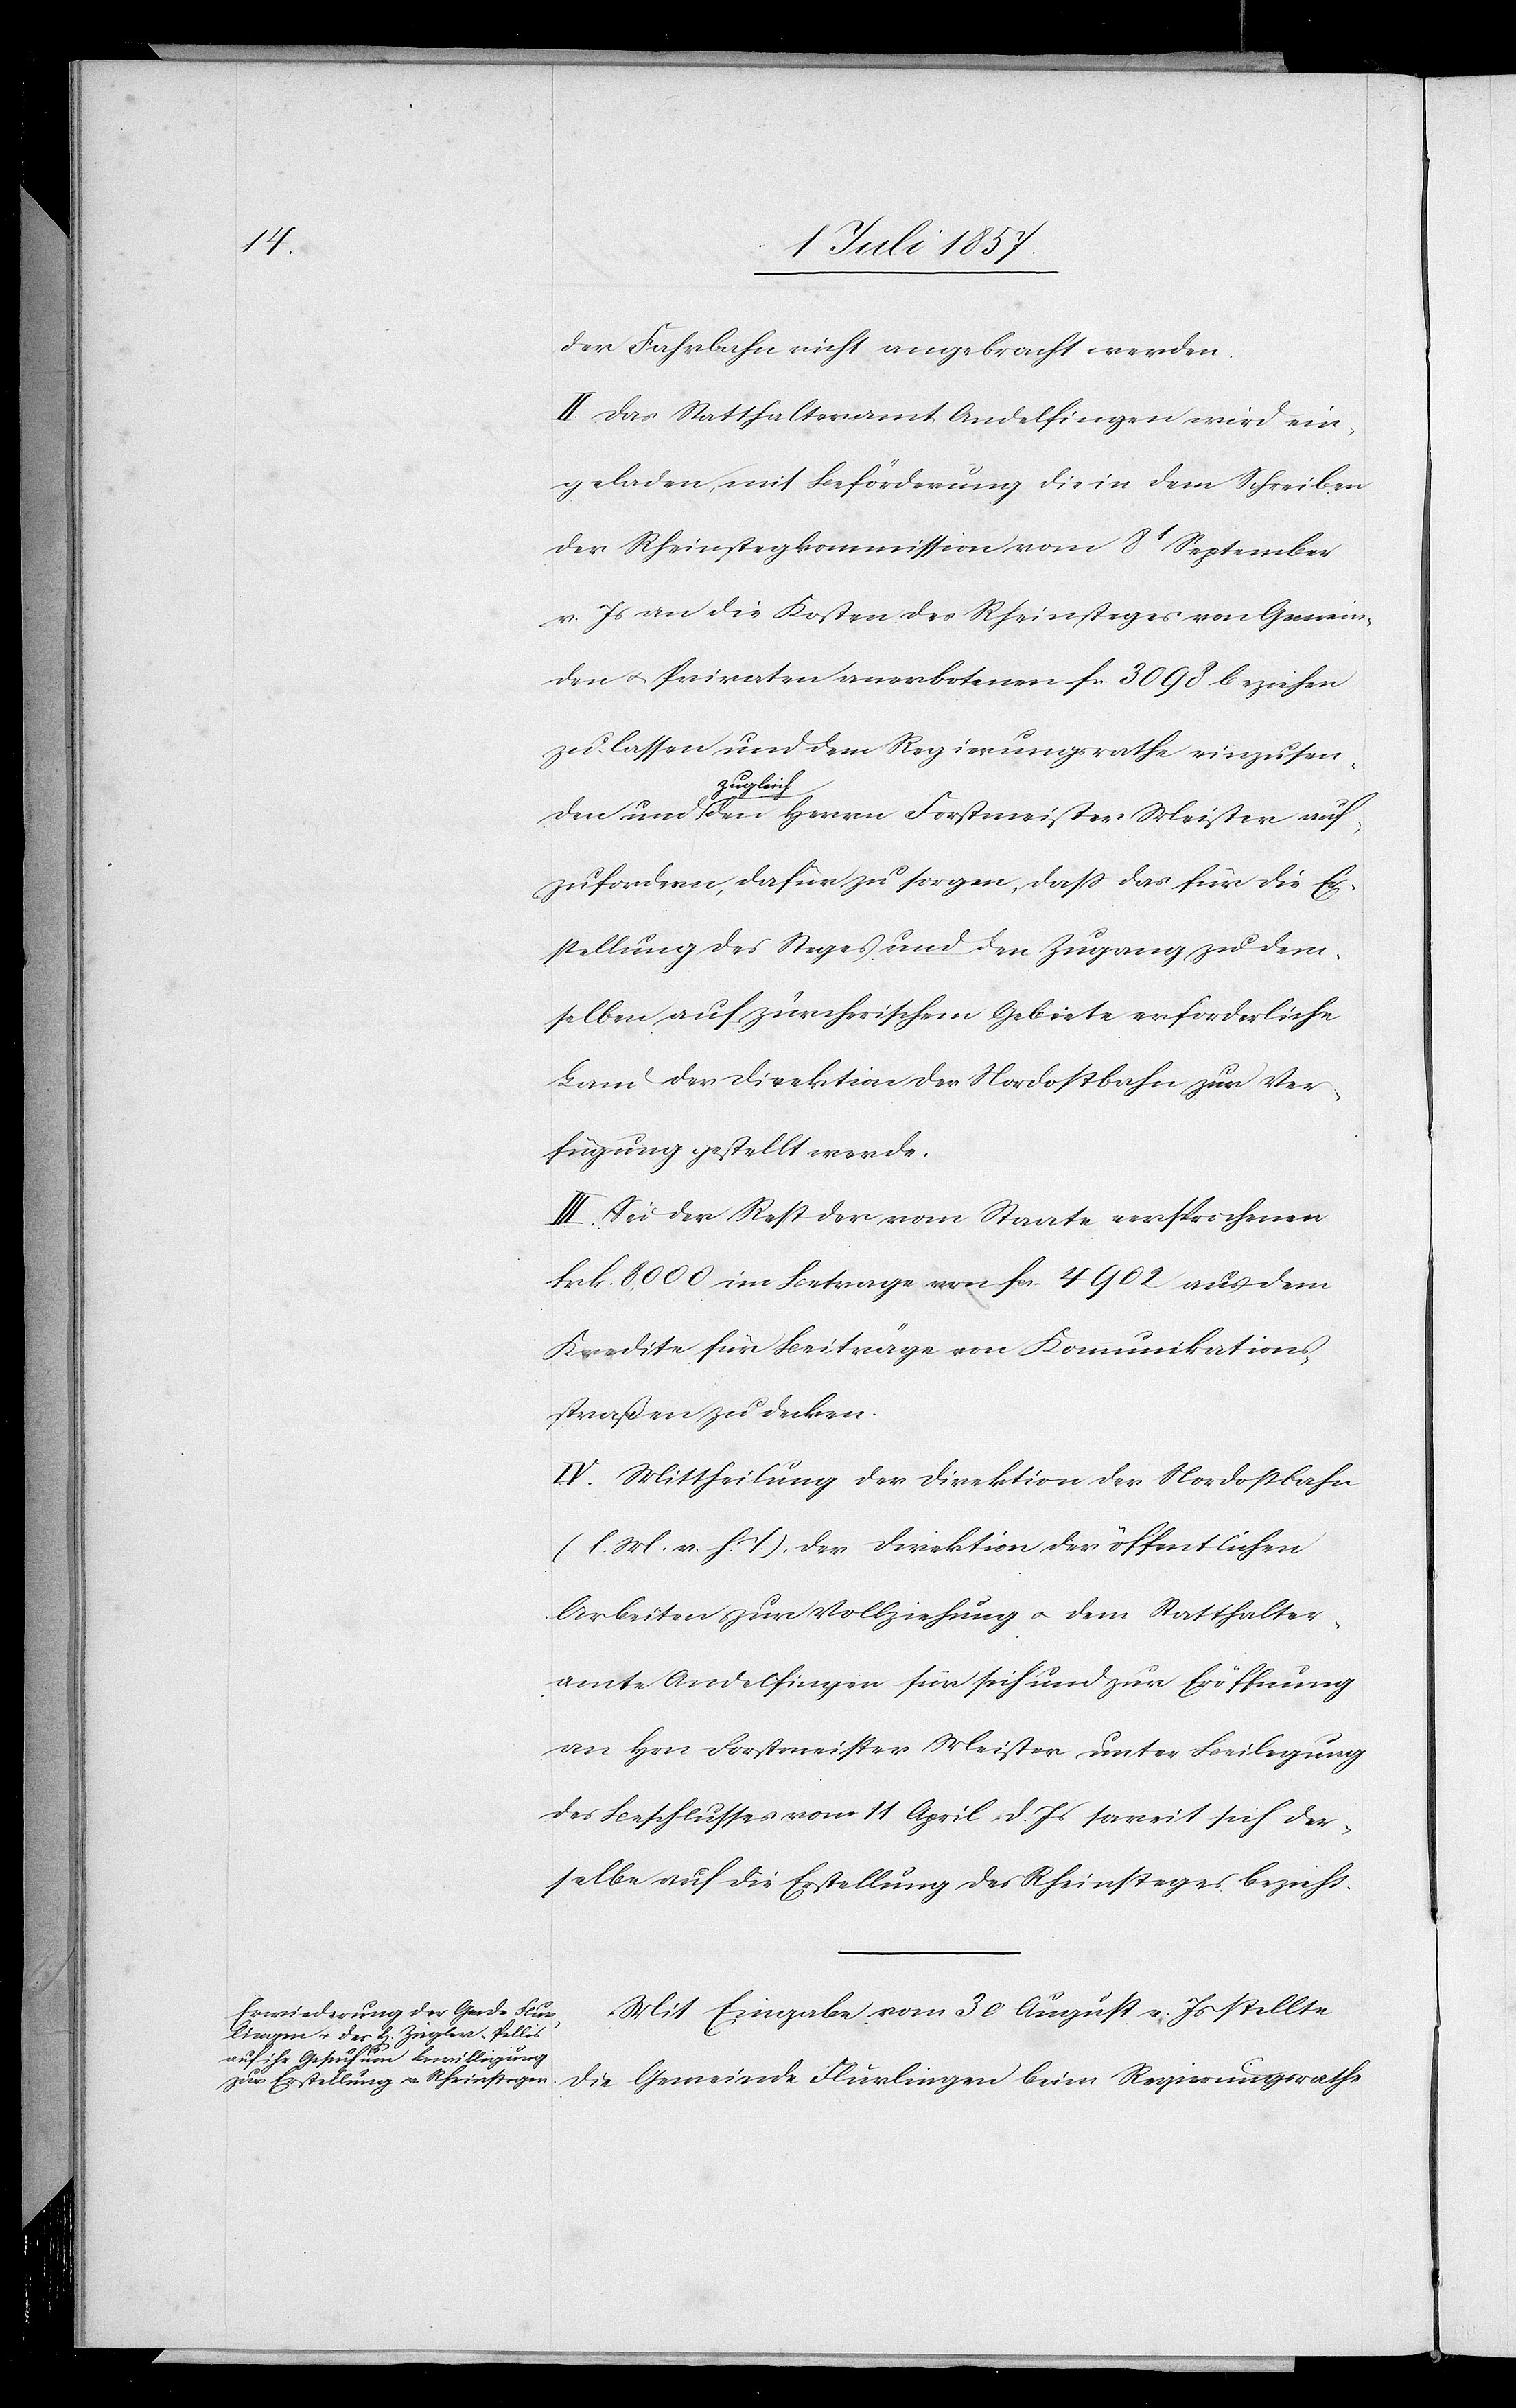
der Fahrbahn nicht angebracht werden.
II. Das Statthalteramt Andelfingen wird ein¬
geladen mit Beförderung die in dem Schreiben
der Rheinstegkommission vom 8t September
v. Js. an die Kosten des Rheinsteges von Gemein¬
den & Privaten anerbotenen Fr. 3 098 beziehen
zu lassen und dem Regierungsrathe einzusen¬
zuglei¬
ch den Herrn Forstmeister Meister auf¬
zufordern, dafür zu sorgen, daß das für die Er¬
stellung des Steges und den Zugang zu den¬
selben auf zürcherischem Gebiete erforderliche
Land der Direktion der Nordostbahn zur Ver¬
fügung gestellt werde.
III. Sei der Rest der vom Staate versprochenen
Frk. 8 000 im Betrage von Fr. 4 902 aus dem
Kredite für Beiträge von Kommunikations¬
straßen zu decken.
IV. Mittheilung der Direktion der Nordostbahn
[l. M. v. h. T], der Direktion der öffentlichen
Arbeiten zur Vollziehung & dem Statthalter¬
amte Andelfingen für sich und zur Eröffnung
an Hrn. Forstmeister Meister unter Beilegung
des Beschlusses vom 11 April d. Js. soweit sich der¬
selbe auf die Erstellung des Rheinsteges bezieht.
Mit Eingabe vom 30 August v. Js. stellte
die Gemeinde Flurlingen beim Regierungsrathe